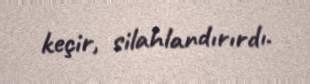
keçir, silahlandırırdı.